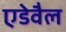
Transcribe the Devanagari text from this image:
एडेवैल